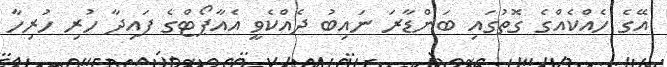
އޭގެ ހެއްކެއްގެ ގޮތުގައި ބަންޑާރަ ނައިބު ދެއްކެވީ އެއާޕޯޓްގެ ފައިދާ ހުރި ހުރިހާ